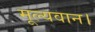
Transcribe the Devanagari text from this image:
मूल्यवान।